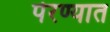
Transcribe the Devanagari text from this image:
पेरण्यात